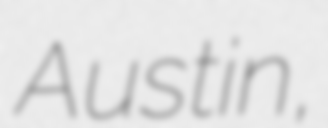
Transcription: Austin,